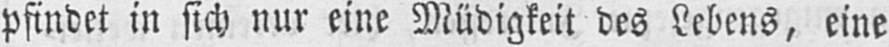
pfindet in sich nur eine Müdigkeit des Lebens, eine